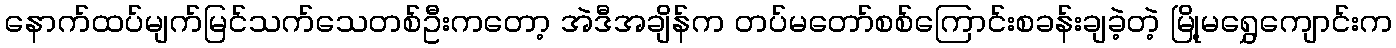
နောက်ထပ်မျက်မြင်သက်သေတစ်ဦးကတော့ အဲဒီအချိန်က တပ်မတော်စစ်ကြောင်းစခန်းချခဲ့တဲ့ မြို့မရွှေကျောင်းက